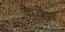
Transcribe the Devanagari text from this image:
कैदेस